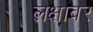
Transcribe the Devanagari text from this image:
लक्षावर